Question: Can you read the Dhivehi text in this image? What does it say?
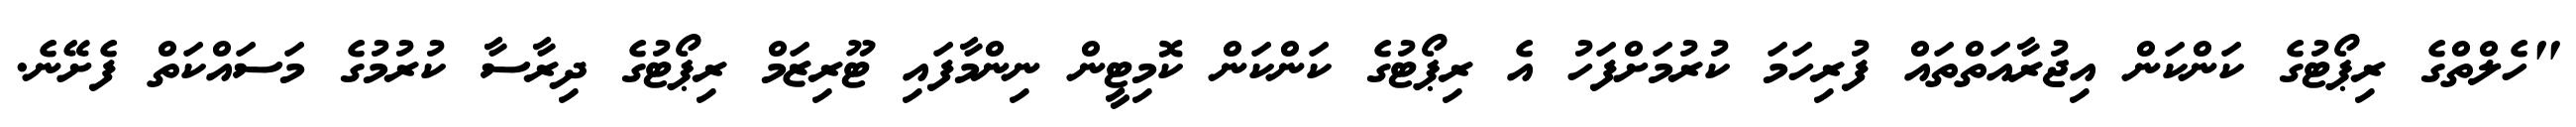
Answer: "ހެލްތްގެ ރިޕޯޓުގެ ކަންކަން އިޖުރާއަތްތައް ފުރިހަމަ ކުރުމަށްފަހު އެ ރިޕޯޓުގެ ކަންކަން ކޮމިޓީން ނިންމާފައި ޓޫރިޒަމް ރިޕޯޓުގެ ދިރާސާ ކުރުމުގެ މަސައްކަތް ފެށޭނެ.